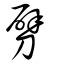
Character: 劈